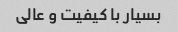
بسیار با کیفیت و عالی